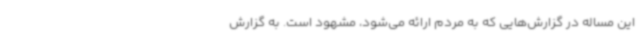
این مساله در گزارش‌هایی که به مردم ارائه می‌شود، مشهود است. به گزارش